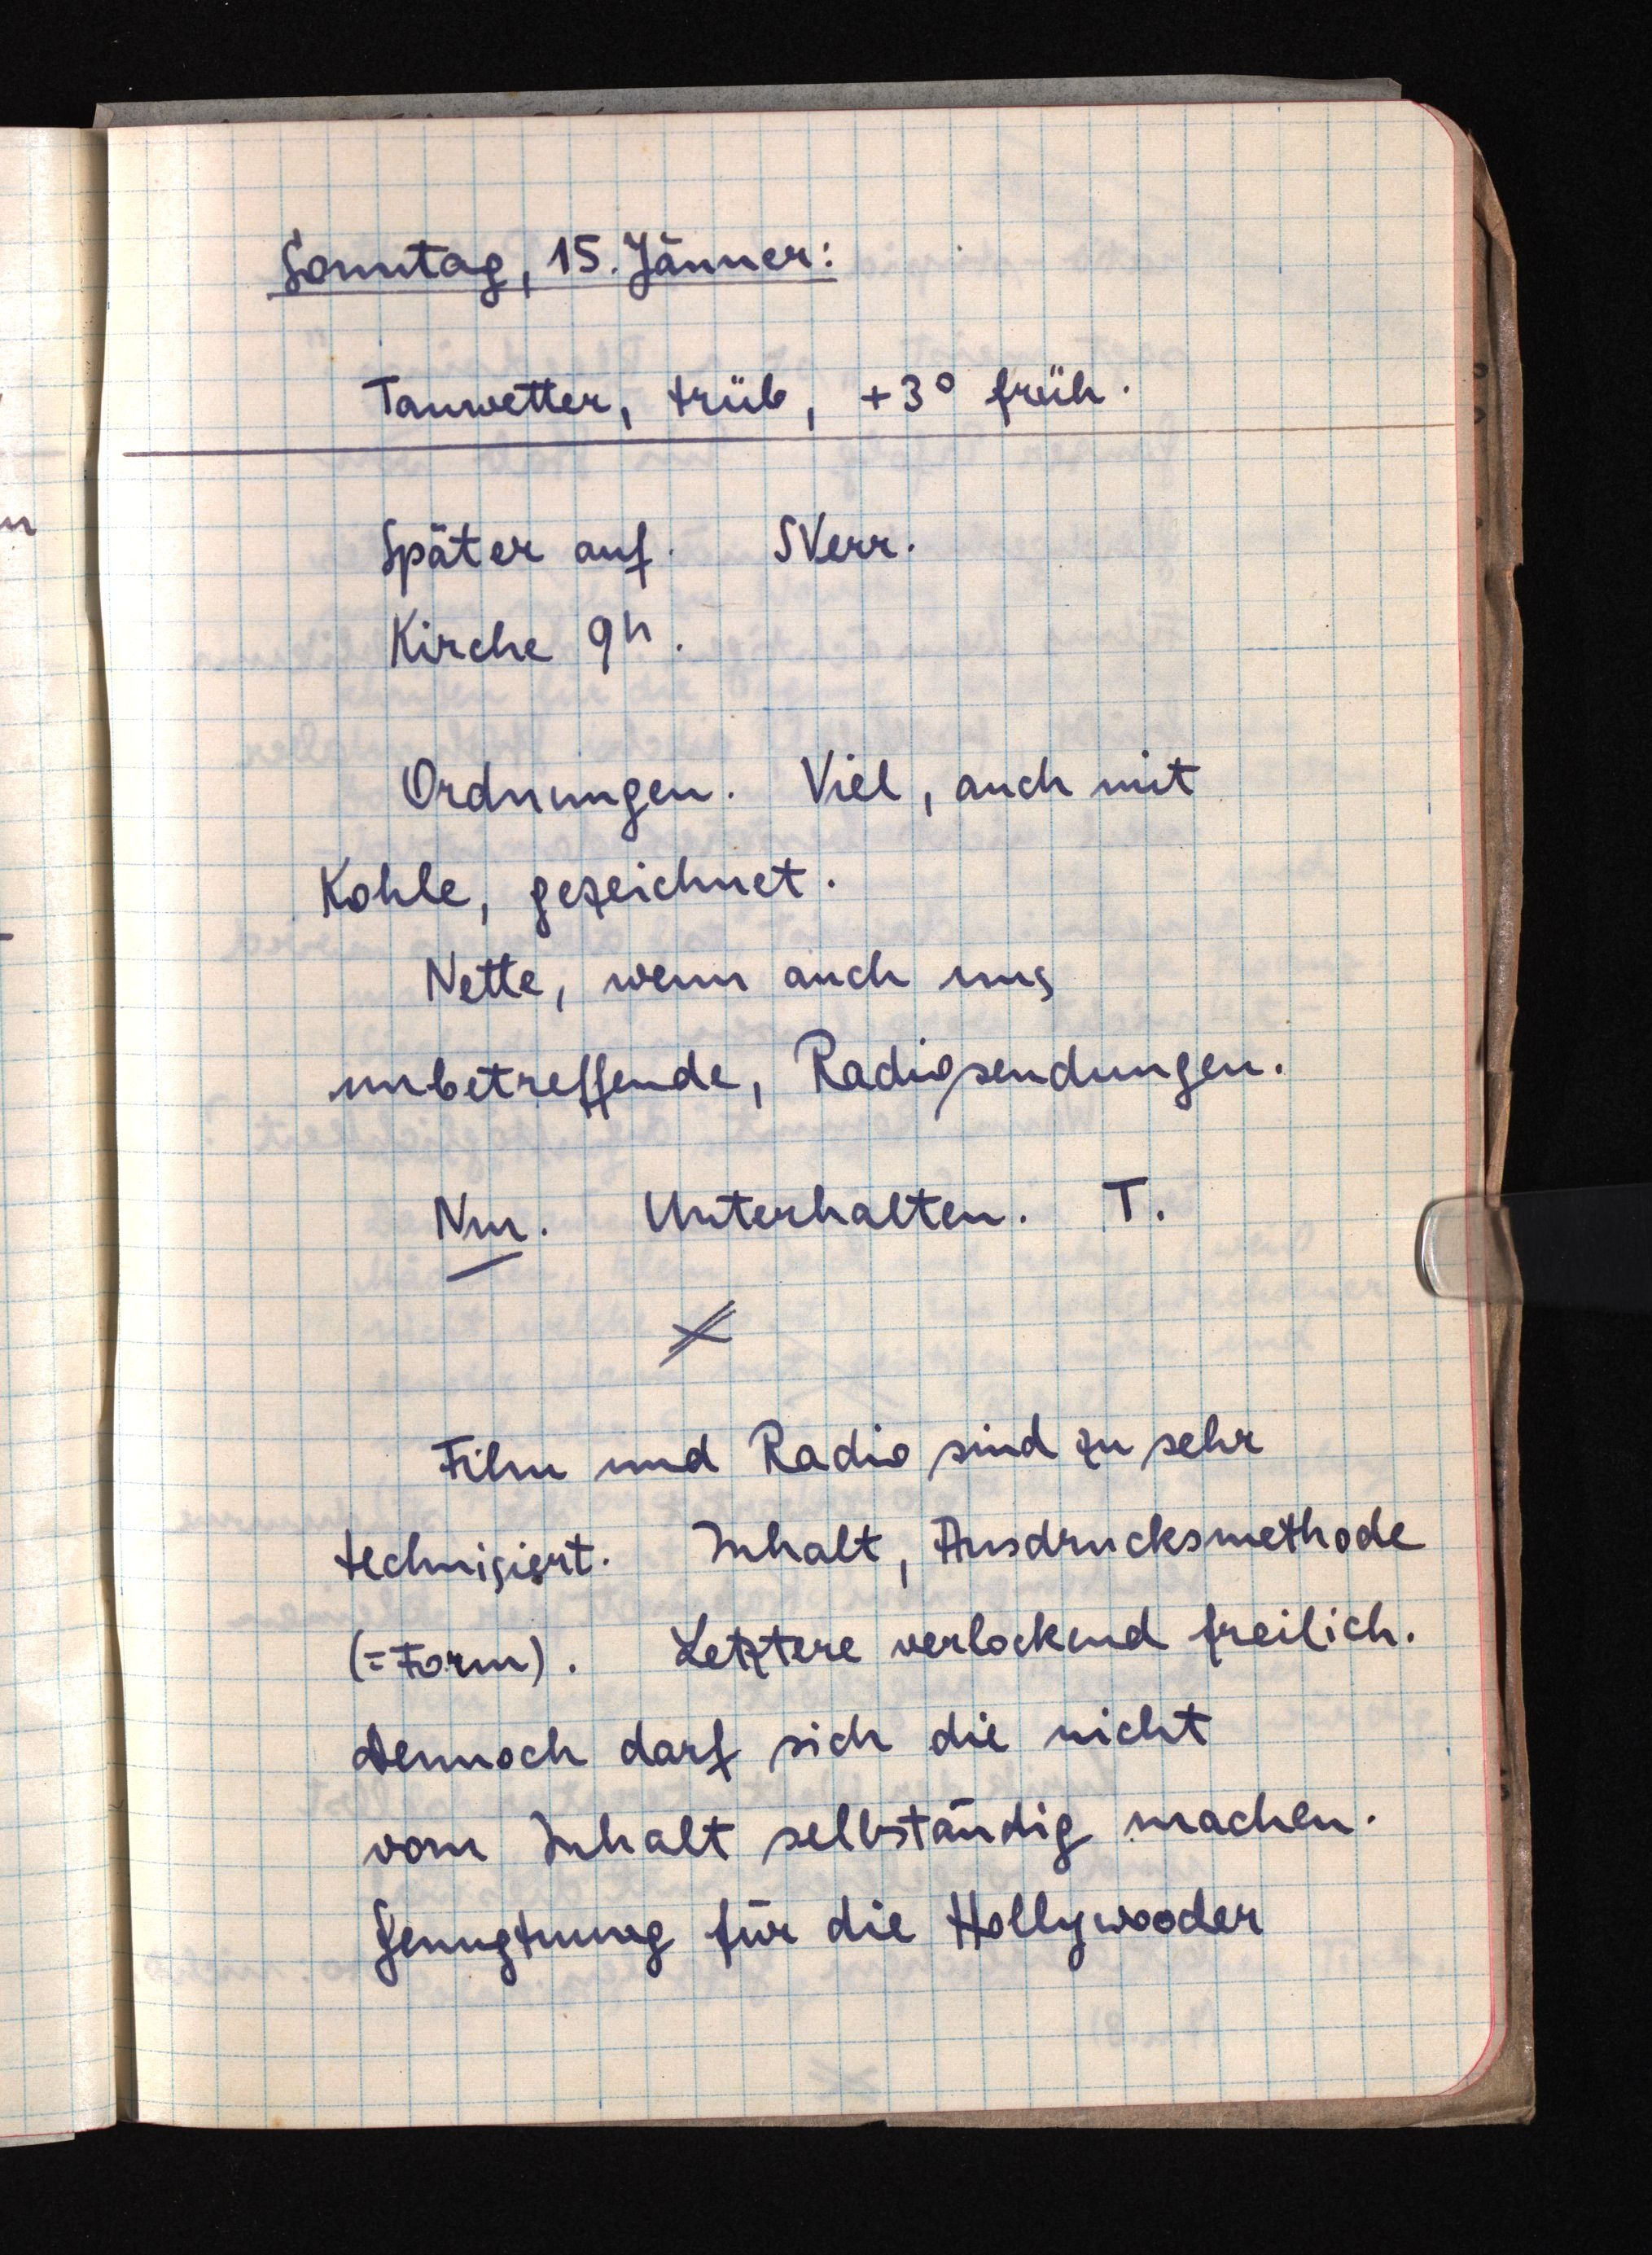
Sonntag, 15. Jänner:
Tauwetter, trüb, +3° früh.
Später auf.SVerr.
Kirche 9h.
Ordnungen. Viel, auch mit
Kohle, gezeichnet.
Nette, wenn auch uns
unbetreffende, Radiosendungen.
Nm. Unterhalten. T.
Film und Radio sind zu sehr
technisiert. Inhalt, Ausdrucksmethode
(= Form). Letztere verlockend freilich.
Dennoch darf sich die nicht
vom Inhalt selbständig machen.
Genugtuung für die Hollywooder